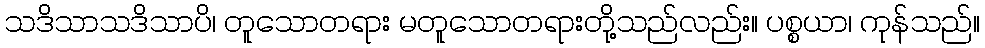
သဒိသာသဒိသာပိ၊ တူသောတရား မတူသောတရားတို့သည်လည်း။ ပစ္စယာ၊ ကုန်သည်။